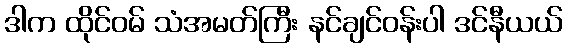
ဒါက ထိုင်ဝမ် သံအမတ်ကြီး နင်ချင်ဝန်းပါ ဒင်နီယယ်